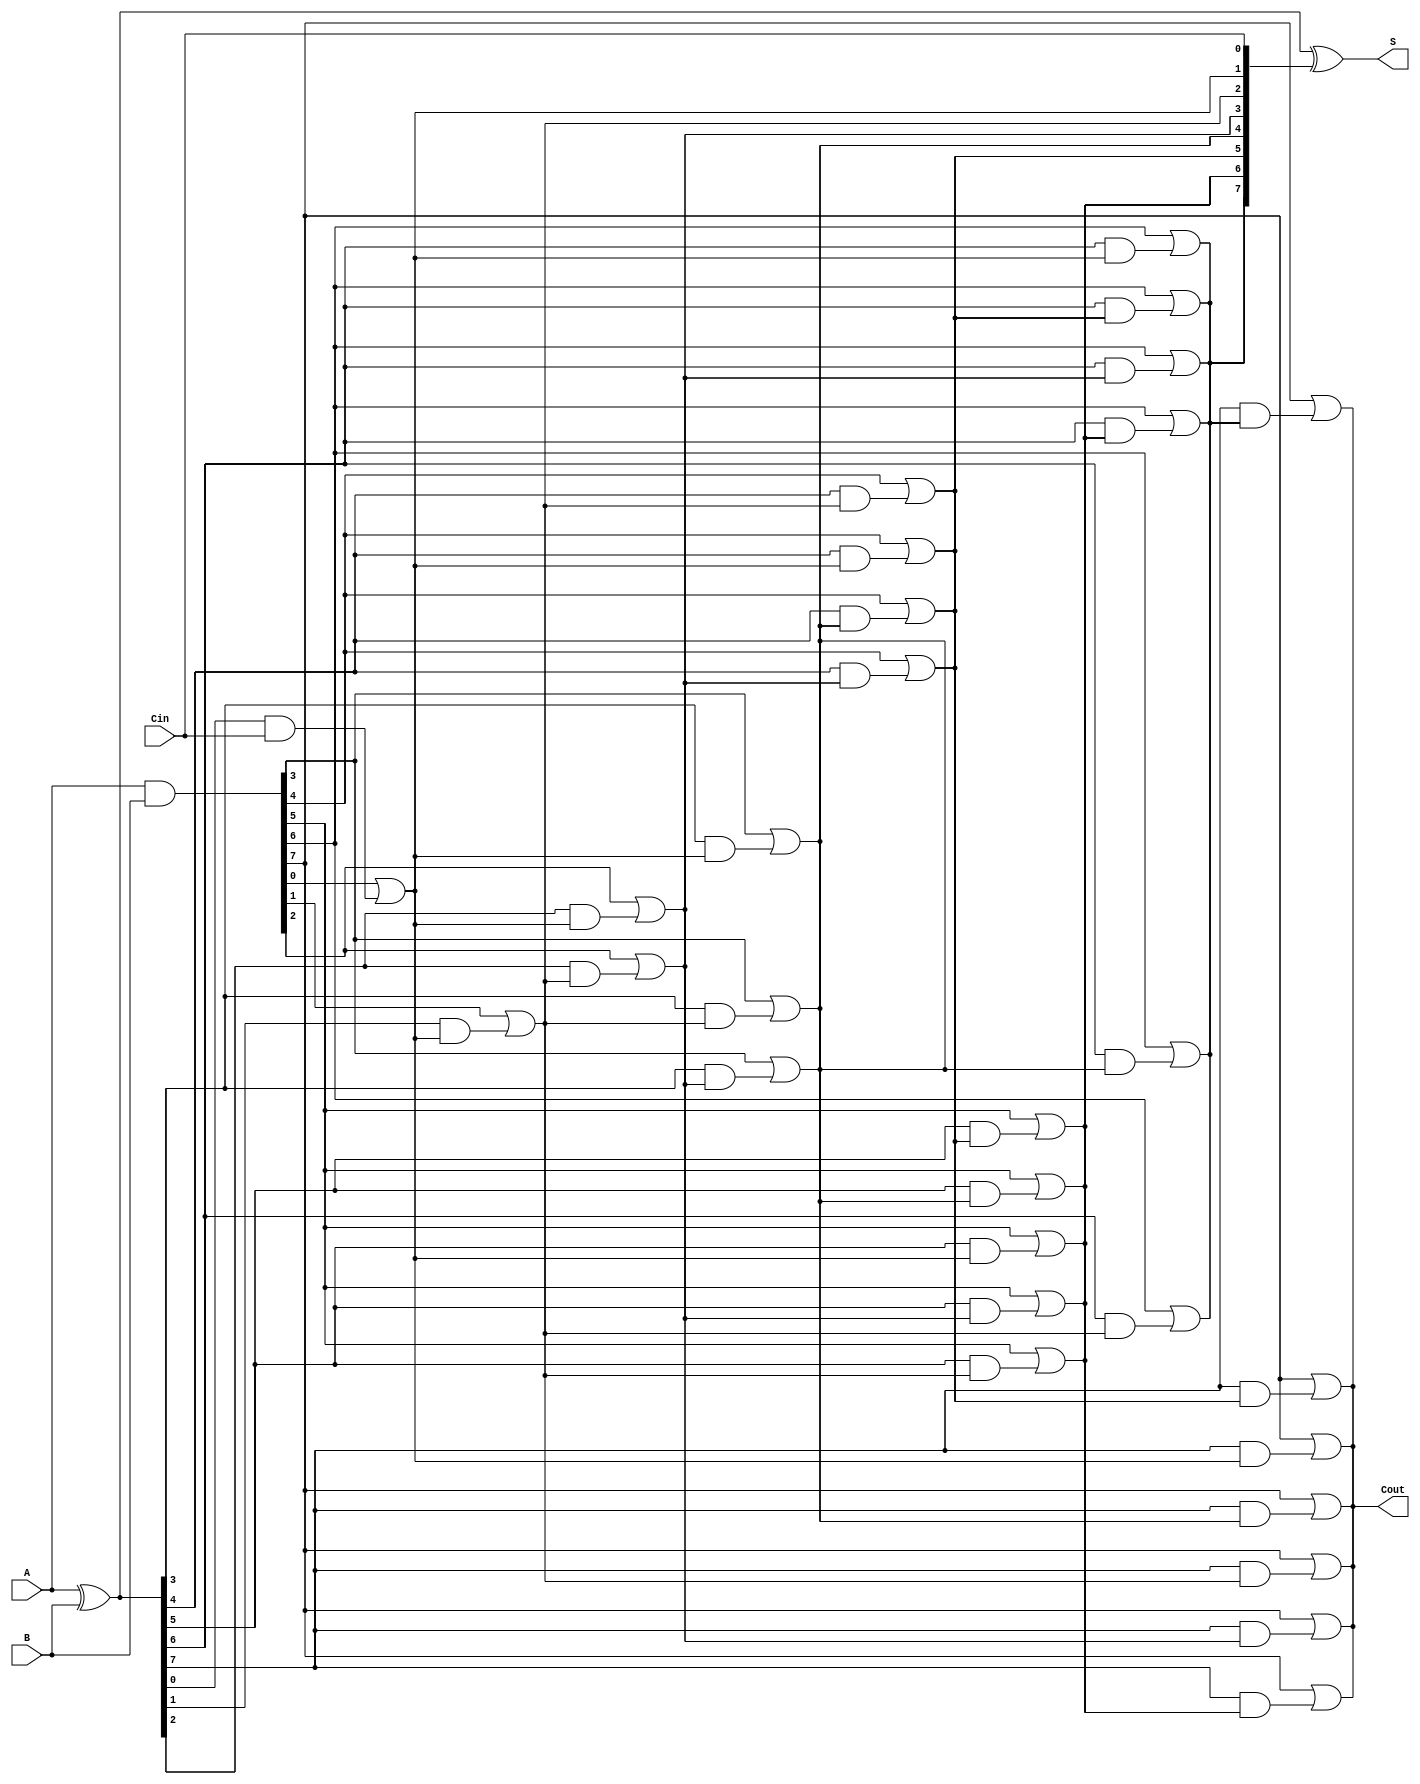
module ParallelPrefixAdder #(parameter N = 8) (
    input  [N-1:0] A,      // First operand
    input  [N-1:0] B,      // Second operand
    input         Cin,      // Carry-in
    output [N-1:0] S,      // Sum output
    output        Cout      // Carry-out
);

    // Generate and Propagate signals
    wire [N-1:0] P; // Propagate
    wire [N-1:0] G; // Generate
    wire [N:0] C;   // Carry signals

    // Preprocessing stage
    assign P = A ^ B; // P[i] = A[i] XOR B[i]
    assign G = A & B; // G[i] = A[i] AND B[i]

    // Carry generation using Kogge-Stone prefix structure
    assign C[0] = Cin; // Initial carry-in

    genvar i, j;
    // Level 1
    generate
        for (i = 0; i < N; i = i + 1) begin : level1
            assign C[i+1] = G[i] | (P[i] & C[i]);
        end
    endgenerate

    // Level 2 and beyond
    generate
        for (j = 1; j < N; j = j + 1) begin : levels
            for (i = 0; i < N - j; i = i + 1) begin : level
                assign C[i + j + 1] = G[i + j] | (P[i + j] & C[i + 1]);
            end
        end
    endgenerate

    // Final carry-out
    assign Cout = C[N];

    // Sum calculation
    assign S = P ^ C[N-1:0]; // S[i] = P[i] XOR C[i]

endmodule